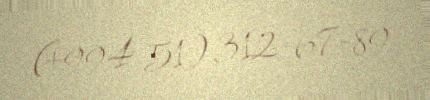
(+994 51) 312-67-89